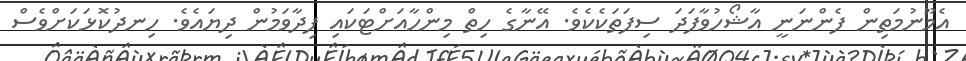
އެމޫނުމަތިން ފެންނަނީ އާޝޯހުވާފަދަ ސިފަތަކެކެވެ. އޭނާގެ ހިތް މިންހާއަށްޓަކައި ފިދާވަމުން ދިޔައެވެ. ހިނދުކޮޅަކަށްވެސް